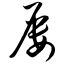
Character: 屡